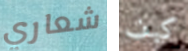
شعاري كيف